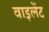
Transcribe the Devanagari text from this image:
वाइलेंट